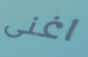
اغنى